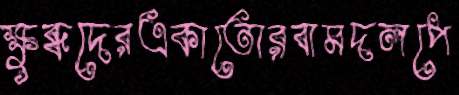
ক্ষুব্ধদেরএকাতোরবামদলপে